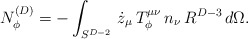
\begin{align*}N_{\phi}^{(D)}=-\int_{S^{D-2}}\, \dot{z}_{\mu}\,T_{\phi}^{\mu \nu}\, n_{\nu} \, R^{D-3}\, d\Omega.\end{align*}